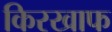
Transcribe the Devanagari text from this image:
किरखाफ